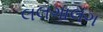
લલગાલગ